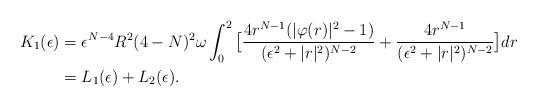
LaTeX: \begin{align*}K_{1}(\epsilon)&=\epsilon^{N-4}R^{2}(4-N)^{2}\omega\int_{0}^{2}\big[\frac{4r^{N-1}(|\varphi(r)|^{2}-1)}{(\epsilon^2+|r|^{2})^{N-2}}+\frac{4r^{N-1}}{(\epsilon^2+|r|^{2})^{N-2}}\big]dr\\&=L_{1}(\epsilon)+L_{2}(\epsilon).\\\end{align*}